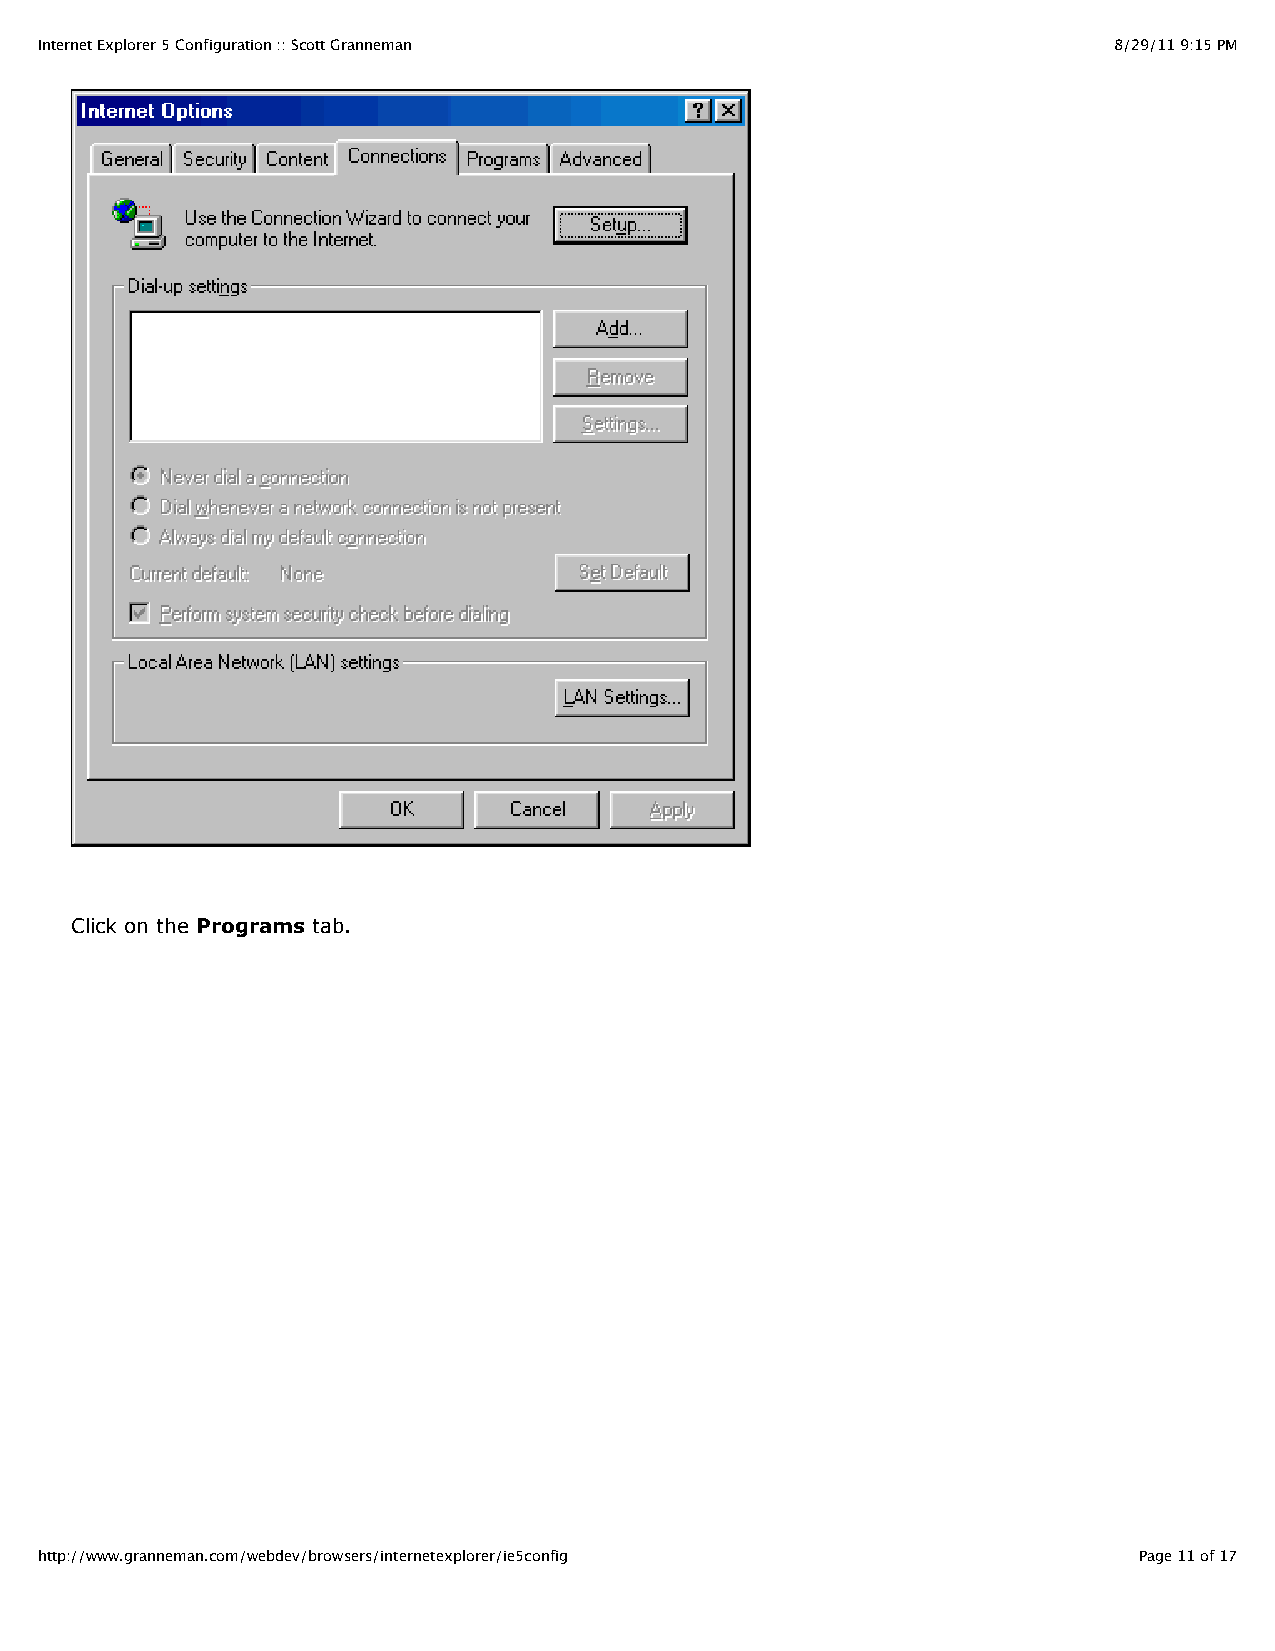
Internet Explorer 5 Configuration :: Scott Granneman                    8/29/11 9:15 PM
 Click on the Programs tab.
 http://www.granneman.com/webdev/browsers/internetexplorer/ie5config      Page 11 of 17